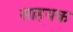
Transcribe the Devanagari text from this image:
साहयक